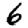
Digit: 6